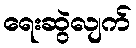
ရေးဆွဲလျက်